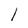
Character: l